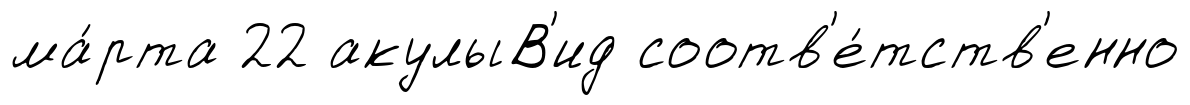
ма́рта 22 акулыВ'ид соотв'е́тств'енно